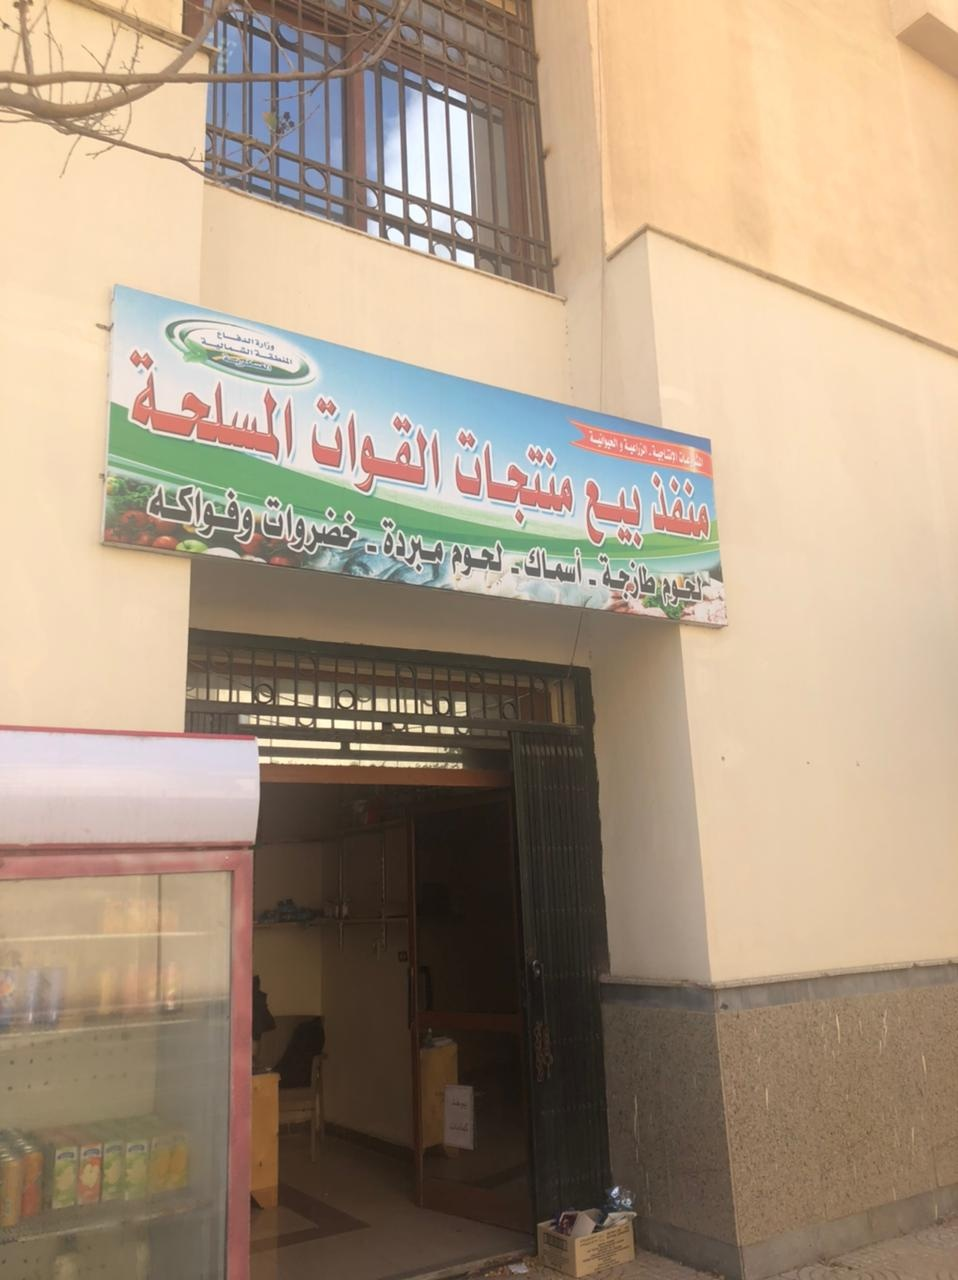
Text in image: المسلحة القوات منتجات منفذ وفواكه بيع خضروات مبردة لحوم أسماك طازجة لحوم